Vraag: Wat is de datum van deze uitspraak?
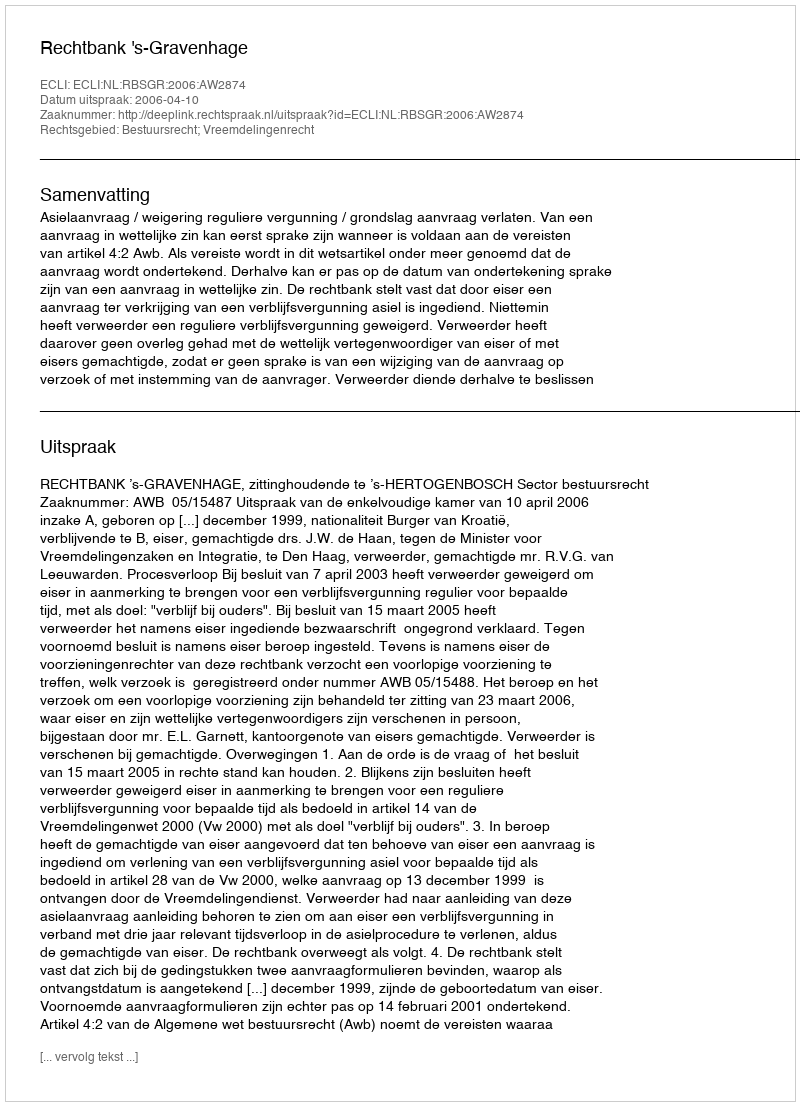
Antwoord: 2006-04-10